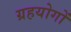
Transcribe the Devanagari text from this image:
ग्रहयोगों